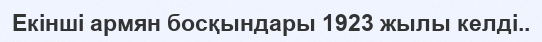
Екінші армян босқындары 1923 жылы келді..